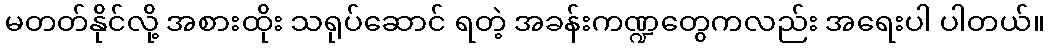
မတတ်နိုင်လို့ အစားထိုး သရုပ်ဆောင် ရတဲ့ အခန်းကဏ္ဍတွေကလည်း အရေးပါ ပါတယ်။